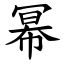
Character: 幂